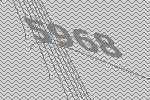
5968